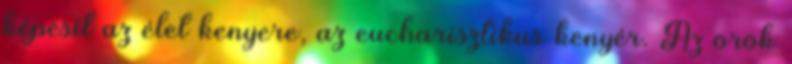
képesít az élet kenyere, az eucharisztikus kenyér. Az örök